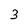
Character: 3